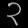
Digit: ၃